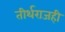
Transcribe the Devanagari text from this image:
तीर्थराजही